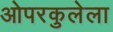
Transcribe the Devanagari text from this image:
ओपरकुलेला